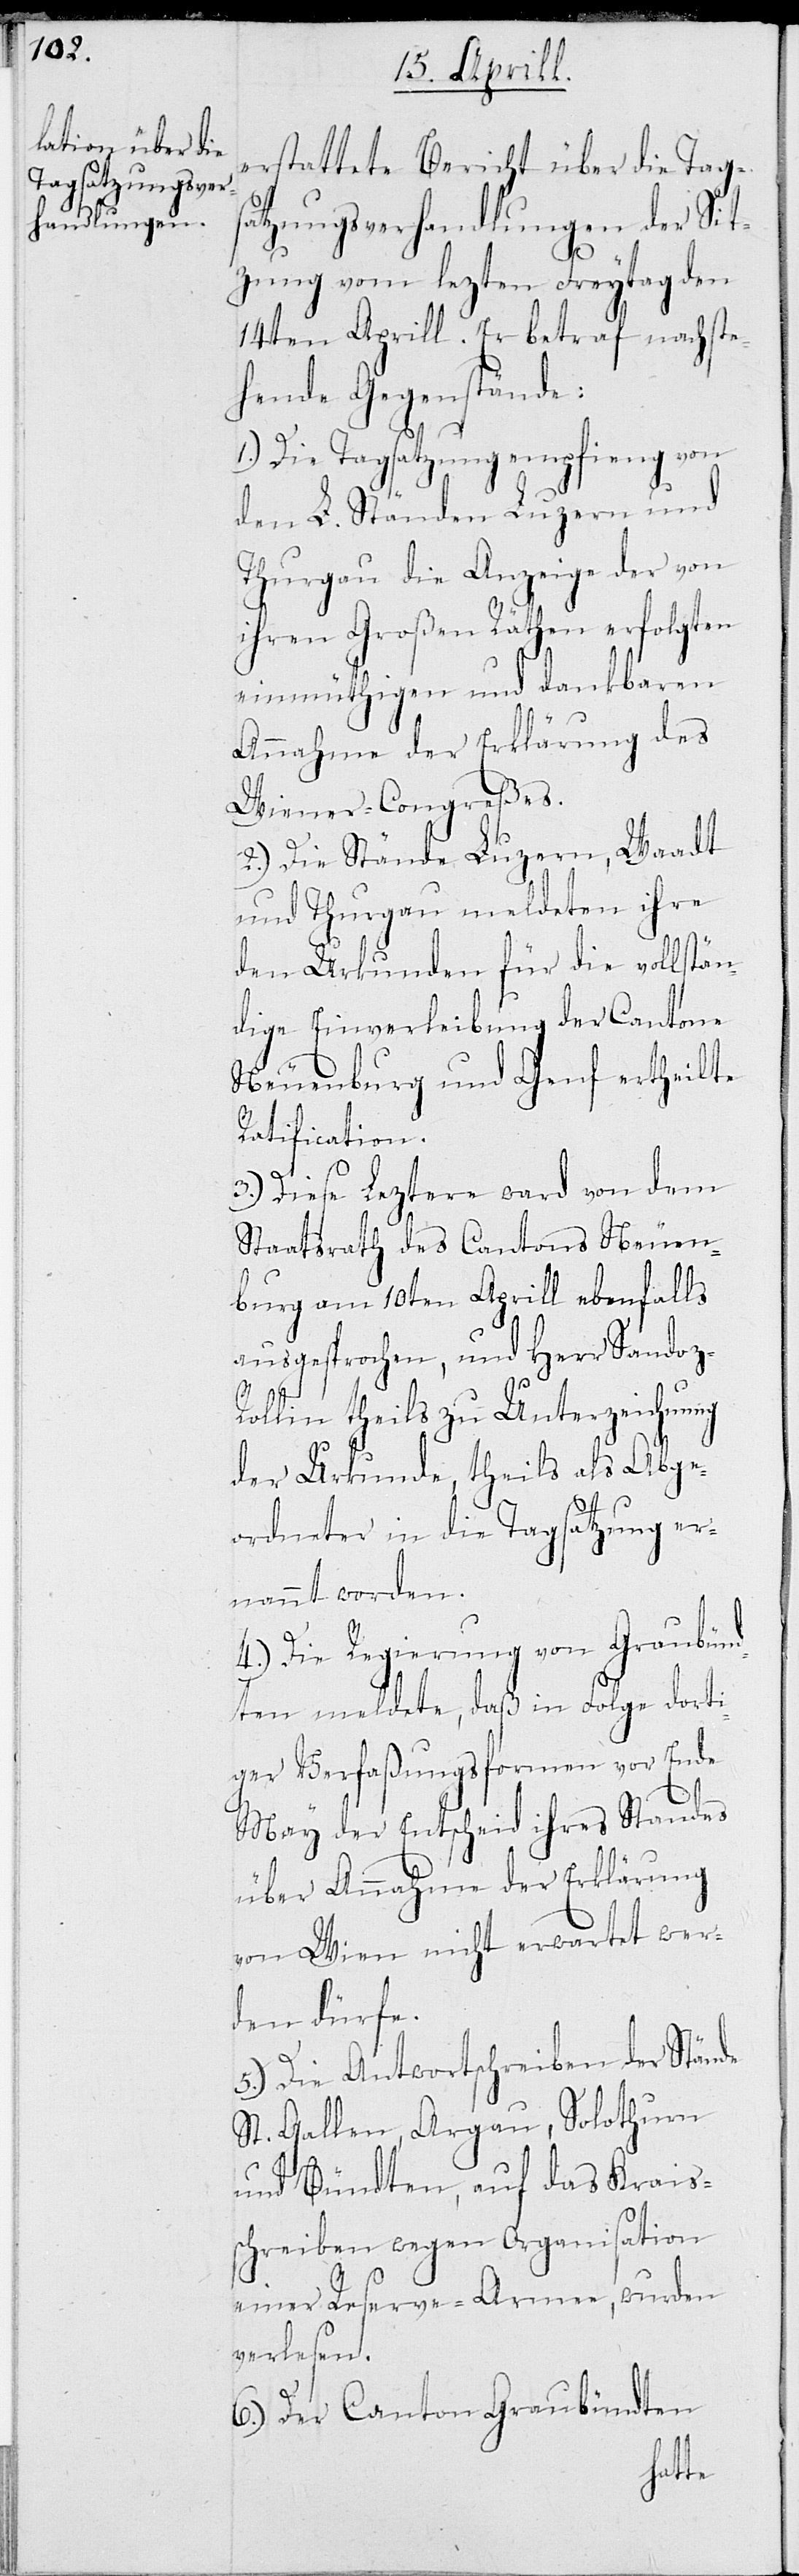
erstattete Bericht über die Tags¬
atzungsverhandlungen der Sit¬
zung vom lezten Freytag den
14ten Aprill. Er betraf nachste¬
hende Gegenstände:
1.) Die Tagsatzung empfieng von
den L. Ständen Luzern und
Thurgau die Anzeige der von
ihren Großen Räthen erfolgten
einmüthigen und dankbaren
Annahme der Erklärung des
Wiener-Congreßes.
2.) Die Stände Luzern, Waadt
und Thurgau meldeten ihre
den Urkunden für die vollstän¬
dige Einverleibung der Cantone
Neuenburg und Genf ertheilte
Ratification.
3.) Diese Leztere ward von dem
Staatsrath des Cantons Neuen¬
burg am 10ten Aprill ebenfalls
ausgesprochen, und Herr Sandoz-R¬
ollin theils zu Unterzeichnung
der Urkunde, theils als Abge¬
ordneter in die Tagsatzung er¬
nannt worden.
4.) Die Regierung von Graubünd¬
ten meldete, daß in Folge dorti¬
ger Verfaßungsformen vor Ende
May der Entscheid ihres Standes
über Annahme der Erklärung
von Wien nicht erwartet wer¬
den dürfe.
5.) Die Antwortschreiben der Stände
St. Gallen, Argau, Solothurn
und Bündten, auf das Krais¬
schreiben wegen Organisation
einer Reserve-Armee, wurden
verlesen.
6.) Der Canton Graubündten